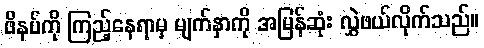
ဖိနပ်ကို ကြည့်နေရာမှ မျက်နှာကို အမြန်ဆုံး လွှဲဖယ်လိုက်သည်။